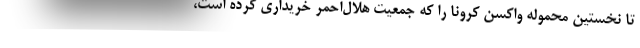
تا نخستین محموله واکسن کرونا را که جمعیت هلال‌احمر خریداری کرده است،